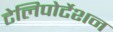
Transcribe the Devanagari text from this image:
टेलिपोर्टेशन